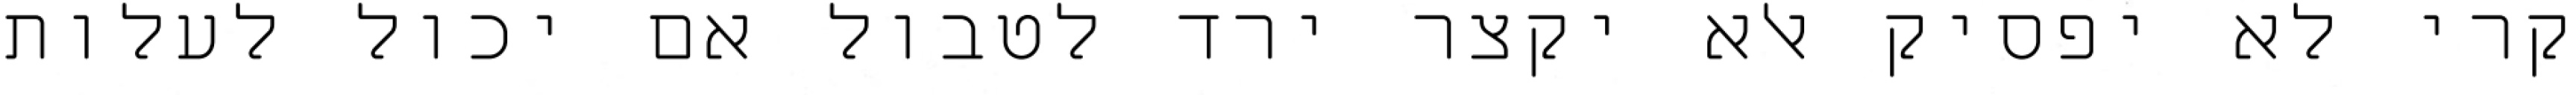
קרי לא יפסיק אלא יקצר ירד לטבול אם יכול לעלות